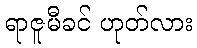
ရာဇူမီခင် ဟုတ်လား